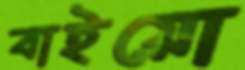
বাইয়ো